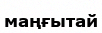
маңғытай